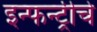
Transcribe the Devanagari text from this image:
इन्फन्ट्रीचे